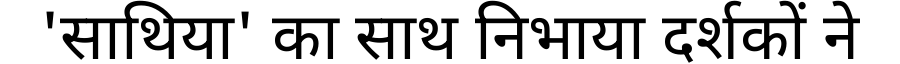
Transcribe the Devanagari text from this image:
'साथिया' का साथ निभाया दर्शकों ने